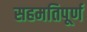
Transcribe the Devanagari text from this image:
सहमतिपूर्ण